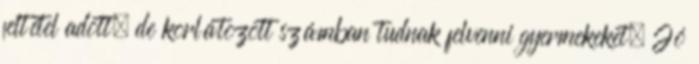
feltétel adott, de korlátozott számban tudnak felvenni gyermekeket. Jó